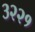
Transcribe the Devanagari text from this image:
३२२१